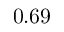
0 . 6 9